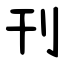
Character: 刊